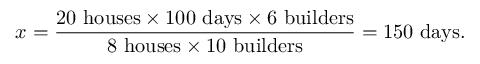
x = { \frac { 2 0 \ { \mathrm { h o u s e s } } \times 1 0 0 \ { \mathrm { d a y s } } \times 6 \ { \mathrm { b u i l d e r s } } } { 8 \ { \mathrm { h o u s e s } } \times 1 0 \ { \mathrm { b u i l d e r s } } } } = 1 5 0 \ { \mathrm { d a y s } } .